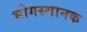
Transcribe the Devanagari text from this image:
भोगस्थानक